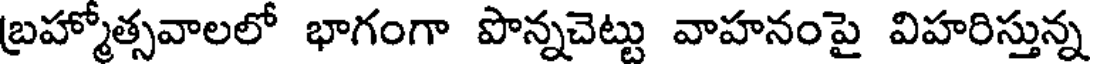
బ్రహ్మోత్సవాలలో భాగంగా పొన్నచెట్టు వాహనంపై విహరిస్తున్న